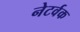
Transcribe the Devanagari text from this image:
नेटर्वक